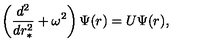
\left( \frac { d ^ { 2 } } { d r _ { \ast } ^ { 2 } } + \omega ^ { 2 } \right) \Psi ( r ) = U \Psi ( r ) ,